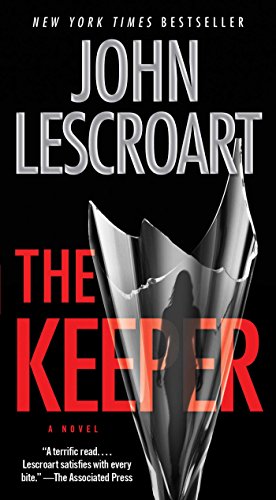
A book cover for The Keeper: A Novel; John Lescroart; Mystery, Thriller & Suspense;